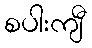
စပါးကျီ